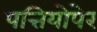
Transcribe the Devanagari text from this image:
पत्तियोपेर